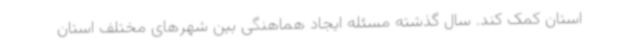
استان کمک کند. سال گذشته مسئله ایجاد هماهنگی بین شهرهای مختلف استان